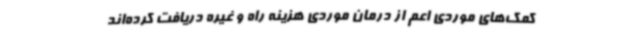
کمک‌های موردی اعم از درمان موردی هزینه راه و غیره دریافت کرده‌اند